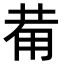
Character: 𤰇